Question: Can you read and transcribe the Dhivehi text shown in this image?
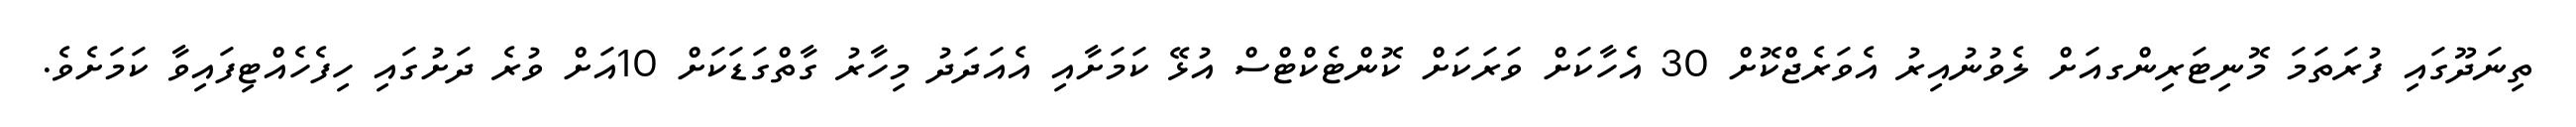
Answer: ތިނަދޫގައި ފުރަތަމަ މޮނިޓަރިންގއަށް ލެވުނުއިރު އެވަރެޖްކޮށް 30 އެހާކަށް ވަރަކަށް ކޮންޓެކްޓްސް އުޅޭ ކަމަށާއި އެއަދަދު މިހާރު ގާތްގަޑަކަށް 10އަށް ވުރެ ދަށުގައި ހިފެހެއްޓިފައިވާ ކަމަށެވެ.